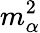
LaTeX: m_{\alpha}^{2}